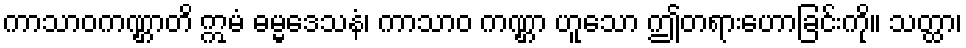
ကာသာဝကဏ္ဌာတိ ဣမံ ဓမ္မဒေသနံ၊ ကာသာဝ ကဏ္ဌာ ဟူသော ဤတရားဟောခြင်းကို။ သတ္ထာ၊